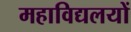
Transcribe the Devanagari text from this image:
महाविद्यलयों